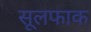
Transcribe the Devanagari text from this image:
सूलफाक